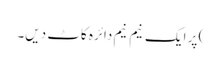
) پر ایک نیم نیم دائرہ کاٹ دیں۔